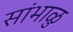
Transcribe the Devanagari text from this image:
सांभाळु